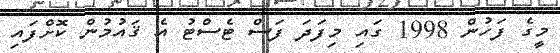
މީގެ ފަހުން 1998 ގައި މިފަދަ ފަސް ޓެސްޓު އެ ޤައުމުން ކޮށްފައި